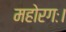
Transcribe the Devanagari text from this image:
महोरगः।